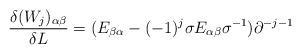
LaTeX: \begin{align*}\frac{\delta (W_j)_{\alpha \beta }}{\delta L}=(E_{\beta \alpha}-(-1)^j\sigma E_{\alpha \beta }\sigma ^{-1} )\partial ^{-j-1}\end{align*}